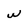
Character: w